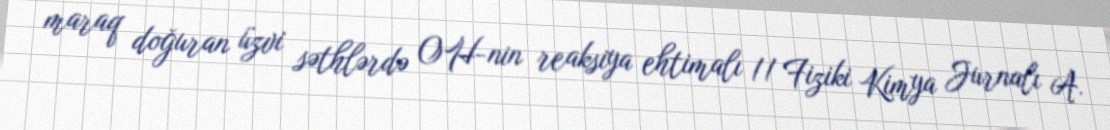
maraq doğuran üzvi səthlərdə OH-nin reaksiya ehtimalı // Fiziki Kimya Jurnalı A.